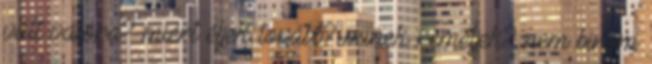
vált valóra? miért éljek tovább? minek reméljek? nem birom